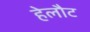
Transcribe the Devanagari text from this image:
हेलौट